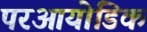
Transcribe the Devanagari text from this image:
परआयोडिक